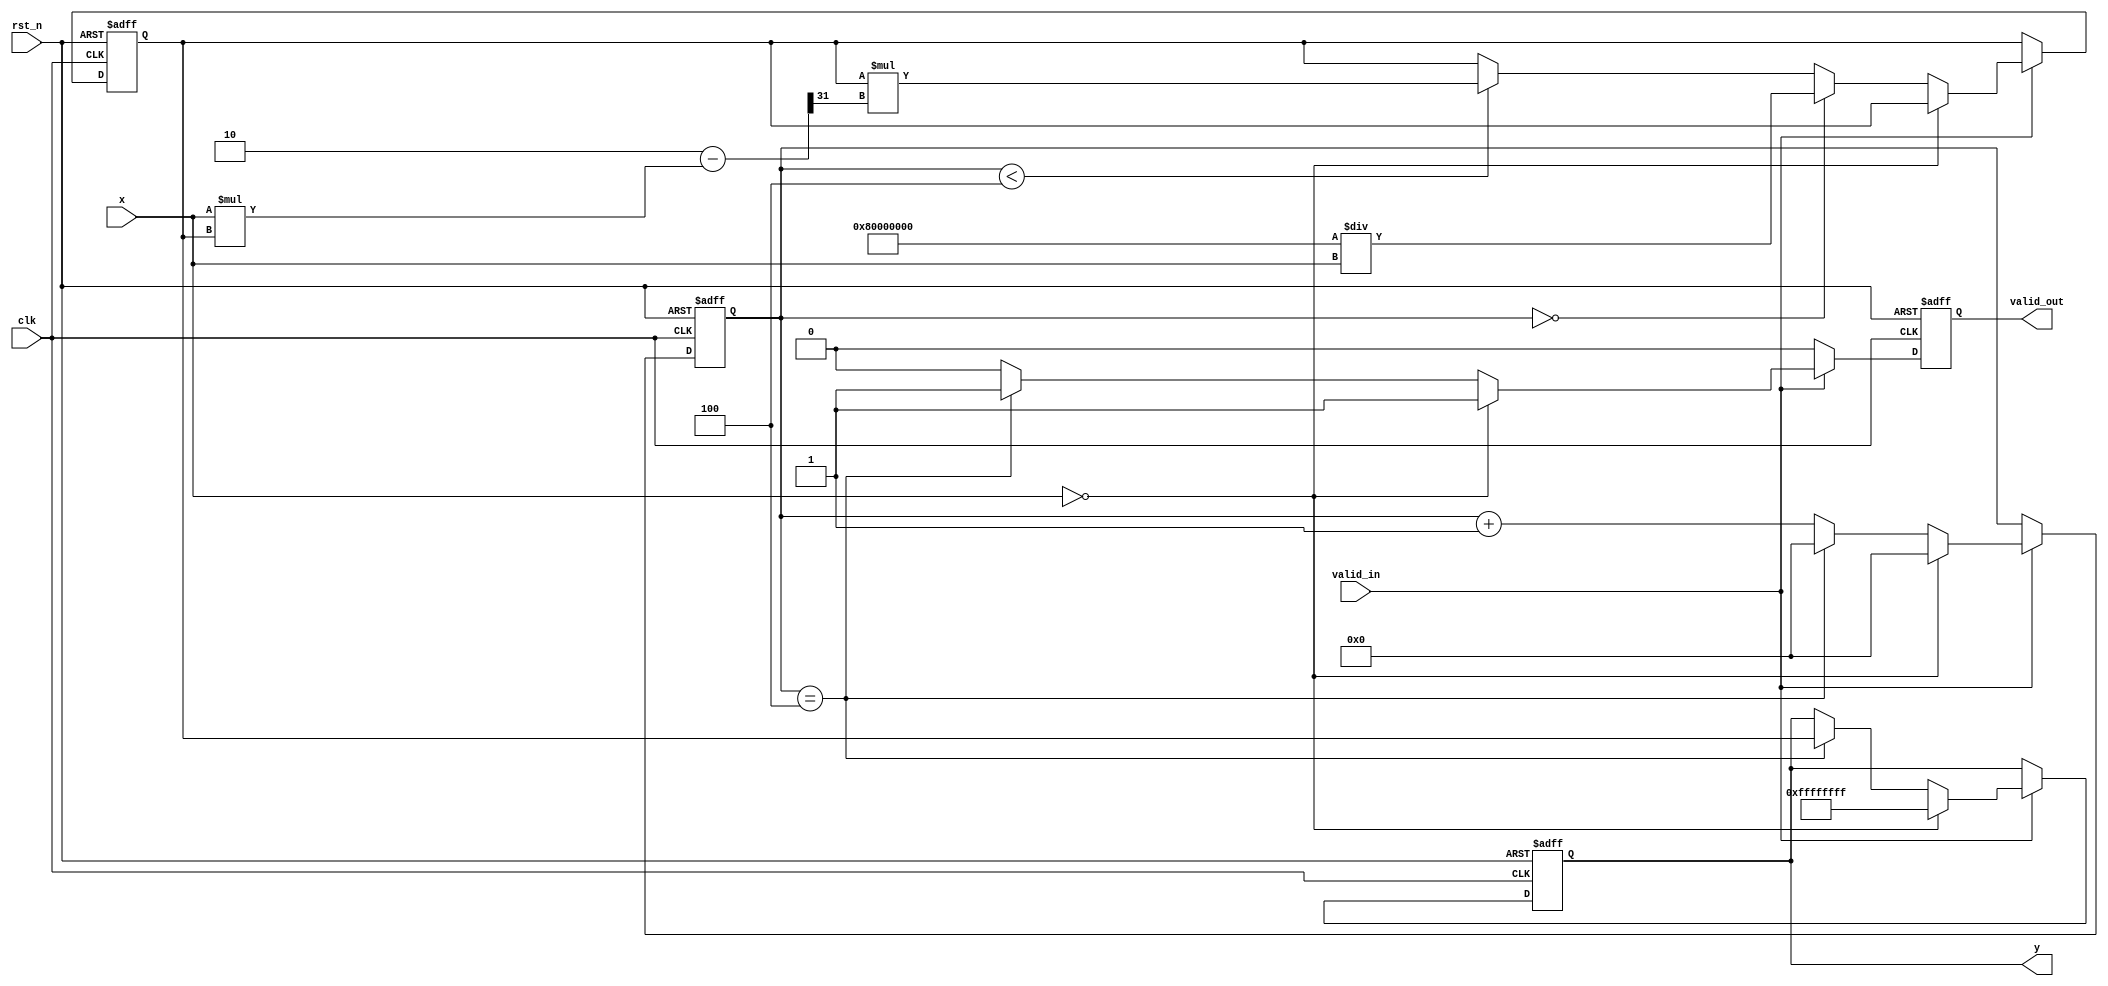
module FixedPointReciprocal #(
    parameter N = 16,   // Input width
    parameter M = 32    // Output width
)(
    input wire clk,                  // Clock signal
    input wire rst_n,                // Active low reset
    input wire valid_in,             // Input valid signal
    input wire signed [N-1:0] x,     // Fixed-point input value
    output reg valid_out,            // Output valid signal
    output reg signed [M-1:0] y      // Fixed-point reciprocal output
);

    localparam INTEGER_PART_WIDTH = N - 1; // N - 1 bits for integer part (sign bit not included)
    localparam FRACTIONAL_PART_WIDTH = 1;   // 1 bit for the fractional part

    // Intermediate variables
    reg signed [M-1:0] approx;         // Current approximation for reciprocal
    reg [3:0] iteration_count;          // Counter for iterations

    // Initialize output
    always @(posedge clk or negedge rst_n) begin
        if (!rst_n) begin
            y <= 0;
            valid_out <= 0;
            approx <= 0;
            iteration_count <= 0;
        end else if (valid_in) begin
            // Check for zero input to avoid division by zero
            if (x == 0) begin
                y <= {M{1'b1}}; // For example, set to maximum value for undefined output
                valid_out <= 1;
                iteration_count <= 0;
            end else begin
                // Start reciprocal calculation if input is valid
                if (iteration_count == 0) begin
                    // Initial approximation: 1/x can be approximated as 2^M / x
                    approx <= (1 << (M - 1)) / x; // Assuming x is never zero here
                end else if (iteration_count < 4) begin
                    // Perform Newton-Raphson iteration
                    approx <= approx * (2'b10 - (x * approx) >> (M-1)); // y(n+1) = y(n) * (2 - x*y(n))
                end

                // Increment the iteration count
                iteration_count <= iteration_count + 1;

                // Output the result after iterations
                if (iteration_count == 4) begin
                    y <= approx; // Final output after the last iteration
                    valid_out <= 1; // Signal output is valid
                    iteration_count <= 0; // Reset the iteration count
                end else begin
                    valid_out <= 0; // Output not valid yet
                end
            end
        end else begin
            valid_out <= 0; // No valid input means no valid output
        end
    end

endmodule